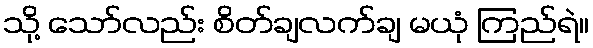
သို့ သော်လည်း စိတ်ချလက်ချ မယုံ ကြည်ရဲ။